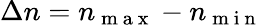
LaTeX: \Delta n=n_{\mathrm{~m~a~x~}}-n_{\mathrm{~m~i~n~}}